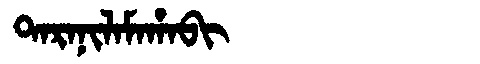
Manchu: ᡨᠠᡵᠠᠨᡳᠯᠠᠮᠠᡥᠠᠪᡳ
Romanization: TARANILAMAHABI